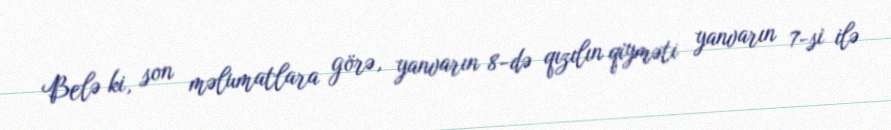
Belə ki, son məlumatlara görə, yanvarın 8-də qızılın qiyməti yanvarın 7-si ilə